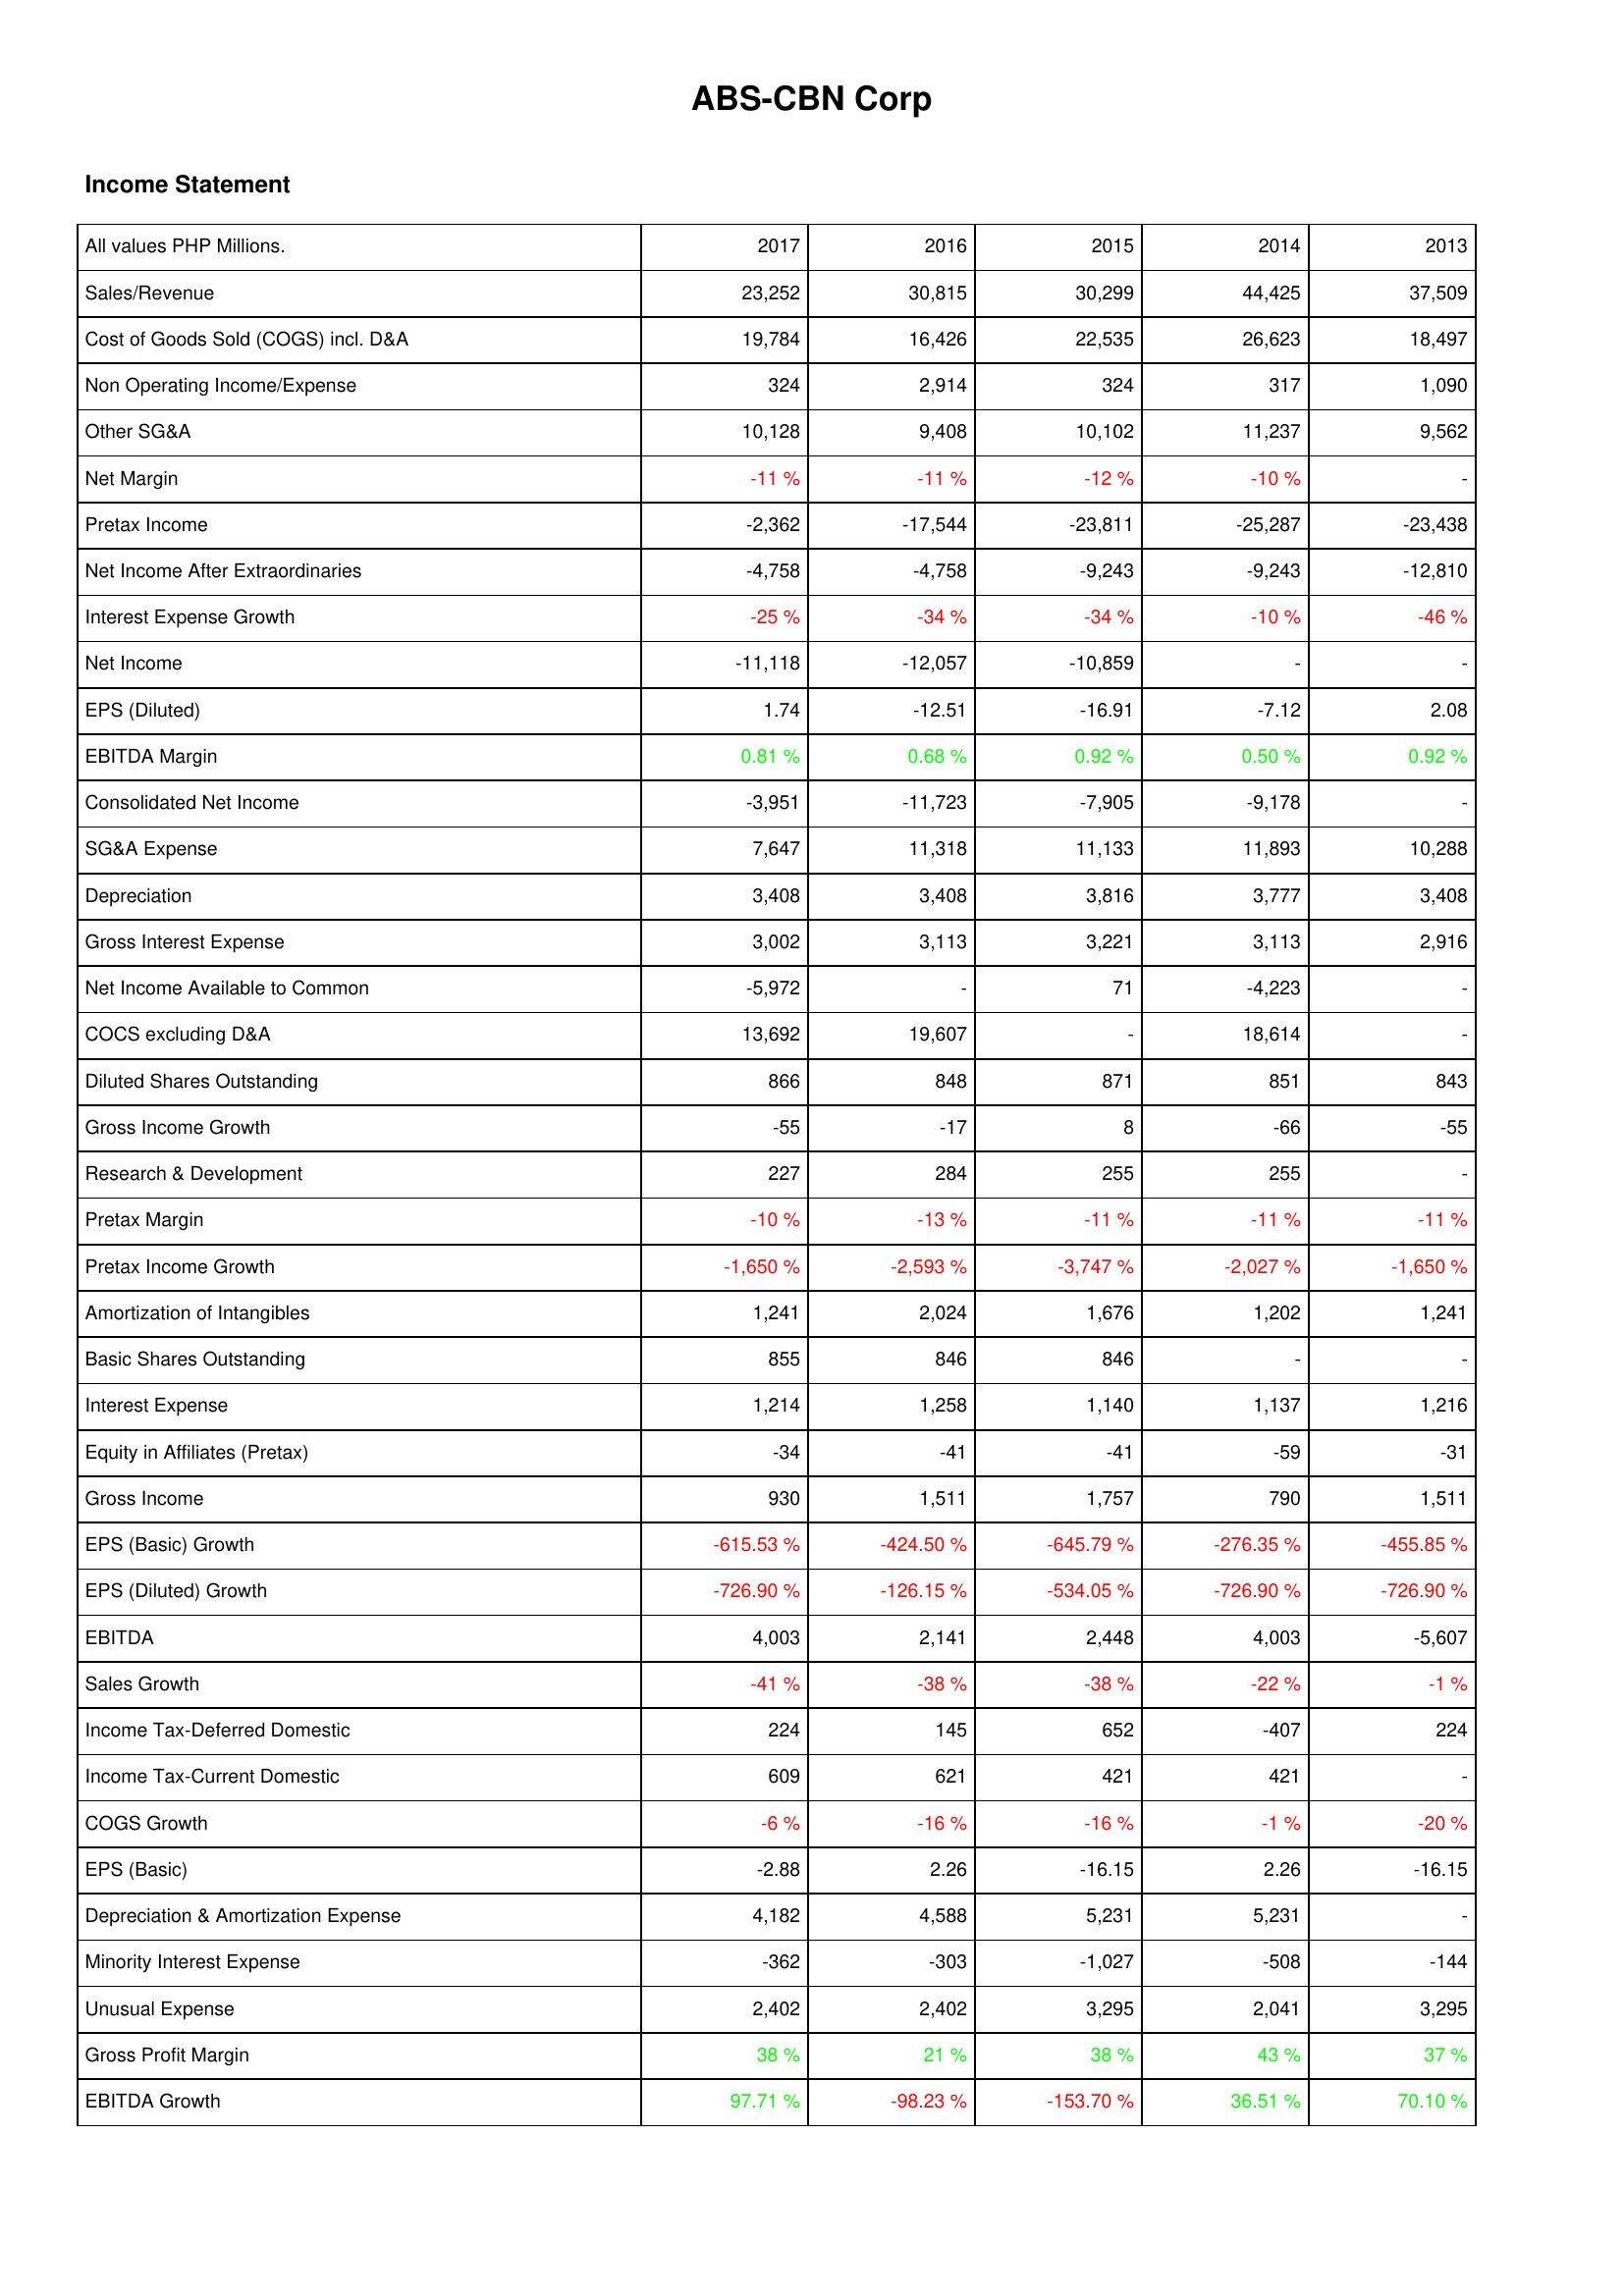
2017: Income Statement: Sales/Revenue: 23,252
Cost of Goods Sold (COGS) incl. D&A: 19,784
Non Operating Income/Expense: 324
Other SG&A: 10,128
Net Margin: -11 %
Pretax Income: -2,362
Net Income After Extraordinaries: -4,758
Interest Expense Growth: -25 %
Net Income: -11,118
EPS (Diluted): 1.74
EBITDA Margin: 0.81 %
Consolidated Net Income: -3,951
SG&A Expense: 7,647
Depreciation: 3,408
Gross Interest Expense: 3,002
Net Income Available to Common: -5,972
COCS excluding D&A: 13,692
Diluted Shares Outstanding: 866
Gross Income Growth: -55
Research & Development: 227
Pretax Margin: -10 %
Pretax Income Growth: -1,650 %
Amortization of Intangibles: 1,241
Basic Shares Outstanding: 855
Interest Expense: 1,214
Equity in Affiliates (Pretax): -34
Gross Income: 930
EPS (Basic) Growth: -615.53 %
EPS (Diluted) Growth: -726.90 %
EBITDA: 4,003
Sales Growth: -41 %
Income Tax-Deferred Domestic: 224
Income Tax-Current Domestic: 609
COGS Growth: -6 %
EPS (Basic): -2.88
Depreciation & Amortization Expense: 4,182
Minority Interest Expense: -362
Unusual Expense: 2,402
Gross Profit Margin: 38 %
EBITDA Growth: 97.71 %
2016: Income Statement: Sales/Revenue: 30,815
Cost of Goods Sold (COGS) incl. D&A: 16,426
Non Operating Income/Expense: 2,914
Other SG&A: 9,408
Net Margin: -11 %
Pretax Income: -17,544
Net Income After Extraordinaries: -4,758
Interest Expense Growth: -34 %
Net Income: -12,057
EPS (Diluted): -12.51
EBITDA Margin: 0.68 %
Consolidated Net Income: -11,723
SG&A Expense: 11,318
Depreciation: 3,408
Gross Interest Expense: 3,113
Net Income Available to Common: -
COCS excluding D&A: 19,607
Diluted Shares Outstanding: 848
Gross Income Growth: -17
Research & Development: 284
Pretax Margin: -13 %
Pretax Income Growth: -2,593 %
Amortization of Intangibles: 2,024
Basic Shares Outstanding: 846
Interest Expense: 1,258
Equity in Affiliates (Pretax): -41
Gross Income: 1,511
EPS (Basic) Growth: -424.50 %
EPS (Diluted) Growth: -126.15 %
EBITDA: 2,141
Sales Growth: -38 %
Income Tax-Deferred Domestic: 145
Income Tax-Current Domestic: 621
COGS Growth: -16 %
EPS (Basic): 2.26
Depreciation & Amortization Expense: 4,588
Minority Interest Expense: -303
Unusual Expense: 2,402
Gross Profit Margin: 21 %
EBITDA Growth: -98.23 %
2015: Income Statement: Sales/Revenue: 30,299
Cost of Goods Sold (COGS) incl. D&A: 22,535
Non Operating Income/Expense: 324
Other SG&A: 10,102
Net Margin: -12 %
Pretax Income: -23,811
Net Income After Extraordinaries: -9,243
Interest Expense Growth: -34 %
Net Income: -10,859
EPS (Diluted): -16.91
EBITDA Margin: 0.92 %
Consolidated Net Income: -7,905
SG&A Expense: 11,133
Depreciation: 3,816
Gross Interest Expense: 3,221
Net Income Available to Common: 71
COCS excluding D&A: -
Diluted Shares Outstanding: 871
Gross Income Growth: 8
Research & Development: 255
Pretax Margin: -11 %
Pretax Income Growth: -3,747 %
Amortization of Intangibles: 1,676
Basic Shares Outstanding: 846
Interest Expense: 1,140
Equity in Affiliates (Pretax): -41
Gross Income: 1,757
EPS (Basic) Growth: -645.79 %
EPS (Diluted) Growth: -534.05 %
EBITDA: 2,448
Sales Growth: -38 %
Income Tax-Deferred Domestic: 652
Income Tax-Current Domestic: 421
COGS Growth: -16 %
EPS (Basic): -16.15
Depreciation & Amortization Expense: 5,231
Minority Interest Expense: -1,027
Unusual Expense: 3,295
Gross Profit Margin: 38 %
EBITDA Growth: -153.70 %
2014: Income Statement: Sales/Revenue: 44,425
Cost of Goods Sold (COGS) incl. D&A: 26,623
Non Operating Income/Expense: 317
Other SG&A: 11,237
Net Margin: -10 %
Pretax Income: -25,287
Net Income After Extraordinaries: -9,243
Interest Expense Growth: -10 %
Net Income: -
EPS (Diluted): -7.12
EBITDA Margin: 0.50 %
Consolidated Net Income: -9,178
SG&A Expense: 11,893
Depreciation: 3,777
Gross Interest Expense: 3,113
Net Income Available to Common: -4,223
COCS excluding D&A: 18,614
Diluted Shares Outstanding: 851
Gross Income Growth: -66
Research & Development: 255
Pretax Margin: -11 %
Pretax Income Growth: -2,027 %
Amortization of Intangibles: 1,202
Basic Shares Outstanding: -
Interest Expense: 1,137
Equity in Affiliates (Pretax): -59
Gross Income: 790
EPS (Basic) Growth: -276.35 %
EPS (Diluted) Growth: -726.90 %
EBITDA: 4,003
Sales Growth: -22 %
Income Tax-Deferred Domestic: -407
Income Tax-Current Domestic: 421
COGS Growth: -1 %
EPS (Basic): 2.26
Depreciation & Amortization Expense: 5,231
Minority Interest Expense: -508
Unusual Expense: 2,041
Gross Profit Margin: 43 %
EBITDA Growth: 36.51 %
2013: Income Statement: Sales/Revenue: 37,509
Cost of Goods Sold (COGS) incl. D&A: 18,497
Non Operating Income/Expense: 1,090
Other SG&A: 9,562
Net Margin: -
Pretax Income: -23,438
Net Income After Extraordinaries: -12,810
Interest Expense Growth: -46 %
Net Income: -
EPS (Diluted): 2.08
EBITDA Margin: 0.92 %
Consolidated Net Income: -
SG&A Expense: 10,288
Depreciation: 3,408
Gross Interest Expense: 2,916
Net Income Available to Common: -
COCS excluding D&A: -
Diluted Shares Outstanding: 843
Gross Income Growth: -55
Research & Development: -
Pretax Margin: -11 %
Pretax Income Growth: -1,650 %
Amortization of Intangibles: 1,241
Basic Shares Outstanding: -
Interest Expense: 1,216
Equity in Affiliates (Pretax): -31
Gross Income: 1,511
EPS (Basic) Growth: -455.85 %
EPS (Diluted) Growth: -726.90 %
EBITDA: -5,607
Sales Growth: -1 %
Income Tax-Deferred Domestic: 224
Income Tax-Current Domestic: -
COGS Growth: -20 %
EPS (Basic): -16.15
Depreciation & Amortization Expense: -
Minority Interest Expense: -144
Unusual Expense: 3,295
Gross Profit Margin: 37 %
EBITDA Growth: 70.10 %